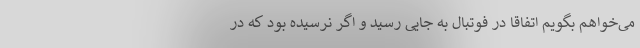
می‌خواهم بگویم اتفاقا در فوتبال به جایی رسید و اگر نرسیده بود که در